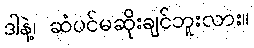
ဒါနဲ့၊ ဆံပင်မဆိုးချင်ဘူးလား။